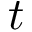
t